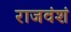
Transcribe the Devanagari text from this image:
राजवंशं